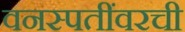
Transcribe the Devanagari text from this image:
वनस्पतींवरची